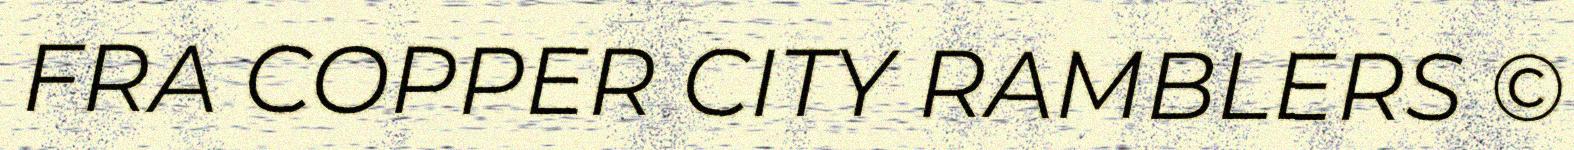
FRA COPPER CITY RAMBLERS ©